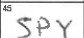
Transcription: SPY